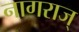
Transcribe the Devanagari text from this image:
नागराज्